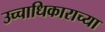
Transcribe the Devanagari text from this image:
उच्चाधिकाराच्या